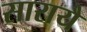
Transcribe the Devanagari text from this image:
सारायै